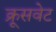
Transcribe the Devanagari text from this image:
क्रूसवेट